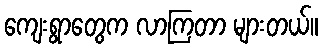
ကျေးရွာတွေက လာကြတာ များတယ်။